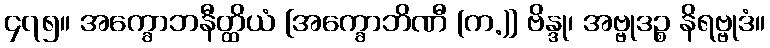
၄၇၅။ အက္ခောဘနီတ္ထိယံ [အက္ခောဘိဏီ (က.)] ဗိန္ဒု၊ အဗ္ဗုဒဉ္စ နိရဗ္ဗုဒံ။